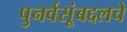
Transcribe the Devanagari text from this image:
पुनर्वसूंबद्दलचे